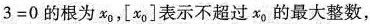
3=0$$的根为x0，[x0]表示不超过xo的最大整数，